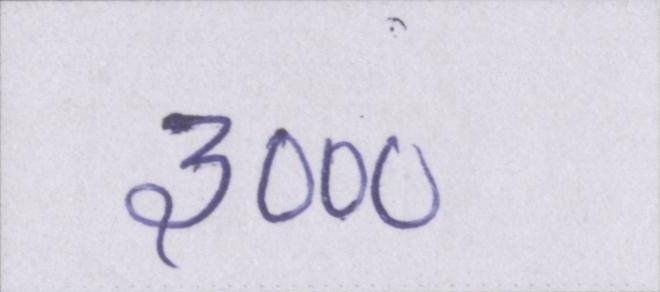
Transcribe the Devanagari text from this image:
३०००